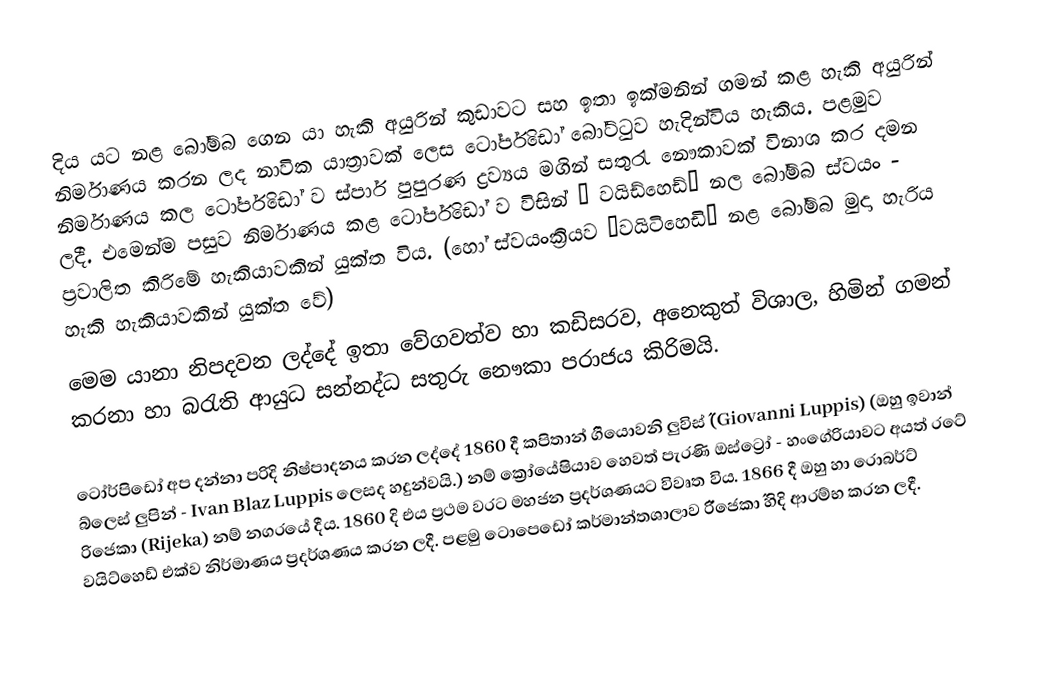
දිය යට නළ බෝම්බ ගෙන යා හැකි අයුරින් කුඩාවට සහ ඉතා ඉක්මනින් ගමන් කළ හැකි අයුරින් නිර්මාණය කරන ලද නාවික යාත්‍රාවක් ලෙස ටෝර්පිඩෝ බෝට්ටුව හැදින්විය හැකිය. පළමුව නිර්මාණය කල ටෝර්පිඩෝ ව ස්පාර් පුපුරණ ද්‍රව්‍යය මගින් සතුරැ නෞකාවක් විනාශ කර දමන ලදී. එමෙන්ම පසුව නිර්මාණය කළ ටෝර්පිඩෝ ව විසින් ˝ වයිඩ්හෙඩ්˝ නල බෝම්බ ස්වයං - ප්‍රවාලිත කිරිමේ හැකියාවකින් යුක්ත විය. (හෝ ස්වයංක්‍රියව ˝වයිටිහෙඩි˝ නළ බෝම්බ මුදා හැරිය හැකි හැකියාවකින් යුක්ත වේ)
මෙම යානා නිපදවන ලද්දේ ඉතා වේගවත්ව හා කඩිසරව, අනෙකුත් විශාල, හිමින් ගමන් කරනා හා බරැති ආයුධ සන්නද්ධ සතුරු නෞකා පරාජය කිරිමයි.

ටෝර්පිඩෝ  අප දන්නා පරිදි නිෂ්පාදනය කරන ලද්දේ 1860 දී කපිතාන් ˝ගියොවනි ලුවිස්˝ (Giovanni Luppis) (ඔහු ඉවාන් බ්ලෙස් ලුපින් - Ivan Blaz Luppis ලෙසද හදුන්වයි.)  නම් ක්‍රෝයේෂියාව හෙවත් පැරණි ඔස්ට්‍රෝ - හංගේරියාවට අයත් රටේ රිජෙකා (Rijeka) නම් නගරයේ දීය. 1860 දි එය ප්‍රථම වරට මහජන ප්‍රදර්ශණයට විවෘත විය. 1866 දී ඔහු හා රොබර්ට් වයිට්හෙඩ් එක්ව නිර්මාණය ප්‍රදර්ශණය කරන ලදී. පළමු ටොපෙඩෝ කර්මාන්තශාලාව ˝රිජෙකා˝ හිදි ආරම්භ කරන ලදී.